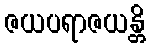
ဇယပရာဇယန္တိ